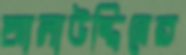
আলাউদ্দিনের